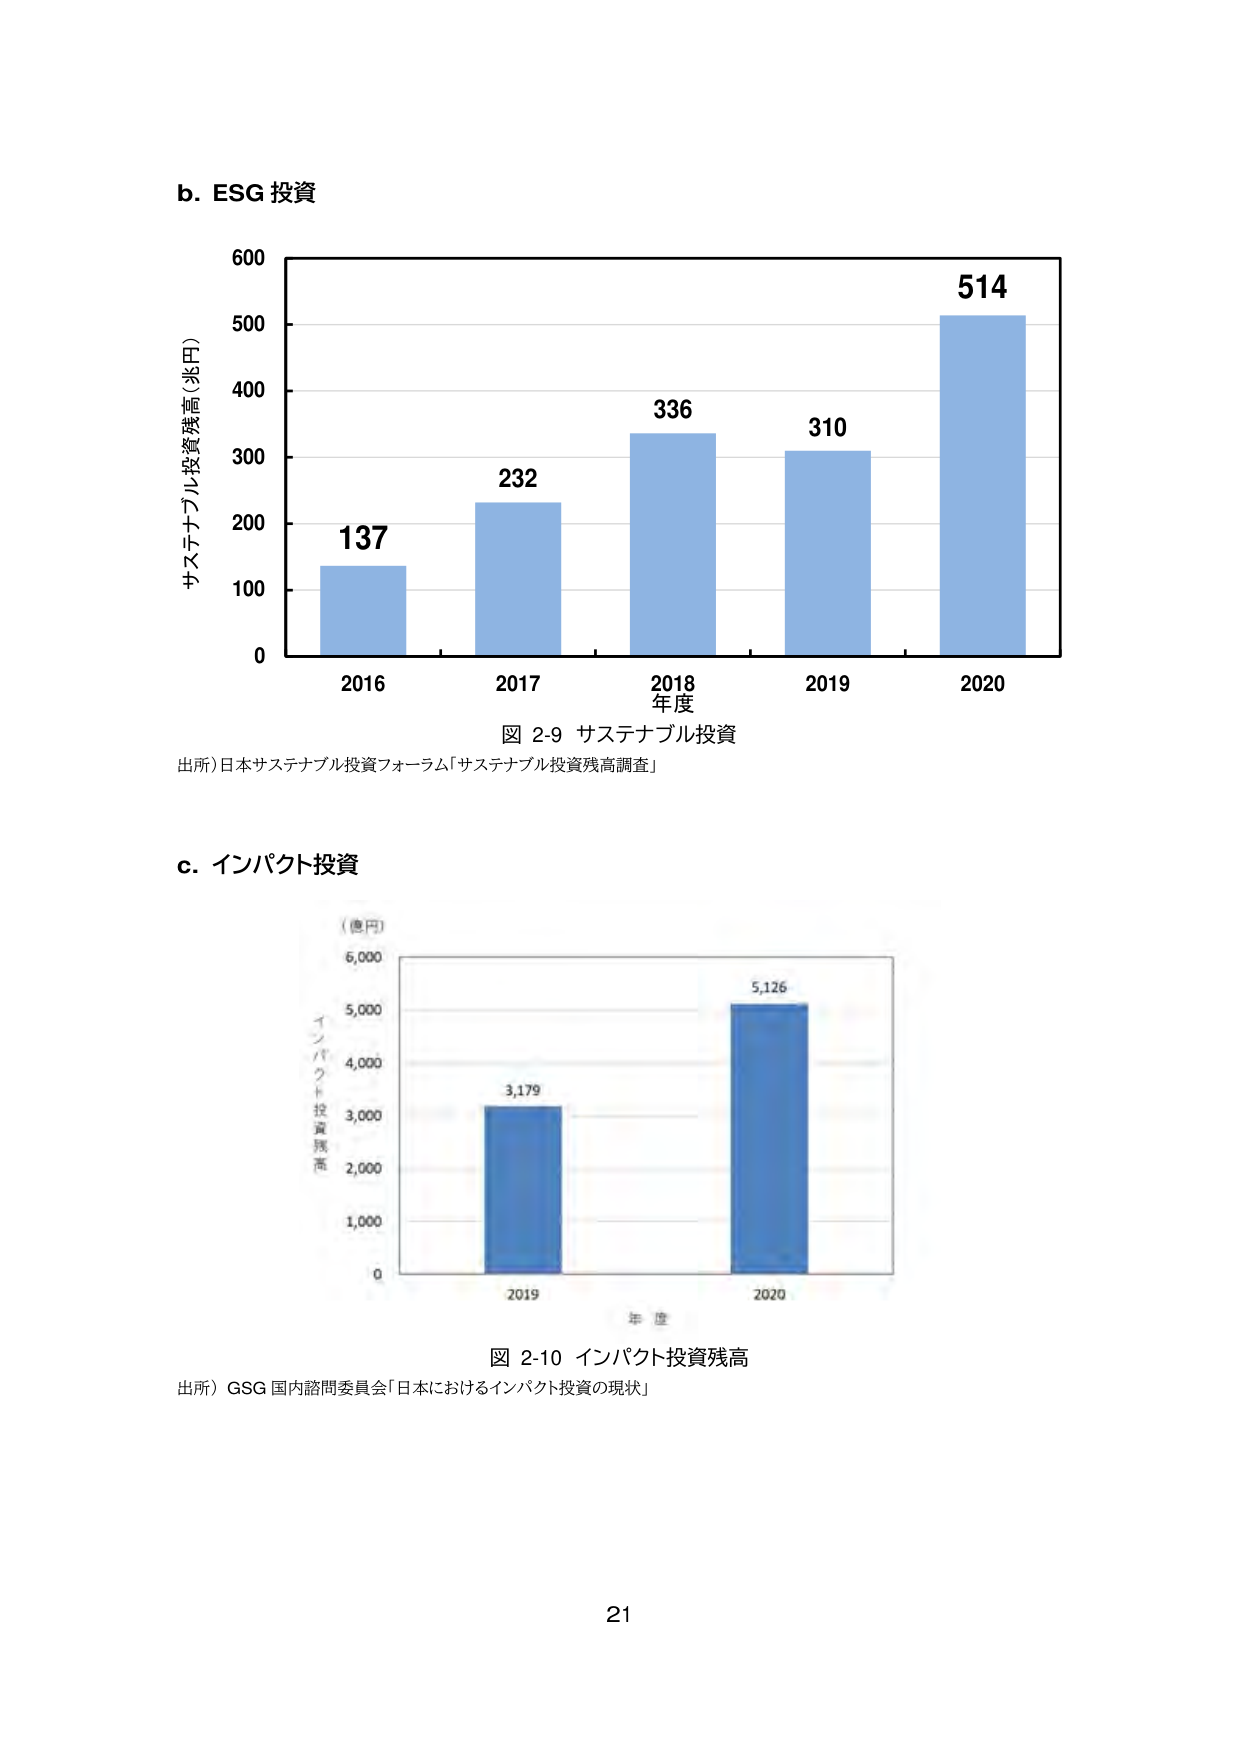
b. ESG 投資

600
500
400
300
200
100
0

サステナブル投資残高（兆円）

137
232
336
310
514

2016
2017
2018
年度
2019
2020

図 2-9 サステナブル投資

出所）日本サステナブル投資フォーラム「サステナブル投資残高調査」

c. インパクト投資

（億円）
6,000
5,000
4,000
3,000
2,000
1,000
0

インパクト投資残高

3,179
5,126

2019
2020
年度

図 2-10 インパクト投資残高

出所）GSG 国内諮問委員会「日本におけるインパクト投資の現状」

21